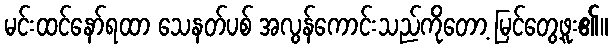
မင်းထင်နော်ရထာ သေနတ်ပစ် အလွန်ကောင်းသည်ကိုတော့ မြင်တွေ့ဖူး၏။